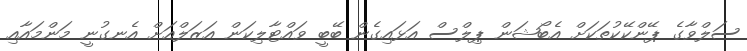
ސަލްވާގެ ޕޭންކޭކުތަކަށް އެބޯޝަން ޕިލްސް އަޅައިގެން ބޭބީ ވައްޓާލިކަން އަޒަލްއަށް އެނގުނީ މަންމައާއި